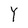
Character: Y